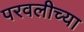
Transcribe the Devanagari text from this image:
परवलीच्या